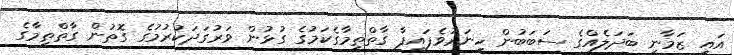
އައި ޒަމާނީ ބަދަލެއްގެ ސަބަބުން ހީނަރުވެފައިފާ ގާތްތިމާގެކަމުގެ ގުޅުން ވަރުގަދަކުރުމުގެ ގޮތުން ގާތްތިމާގެ